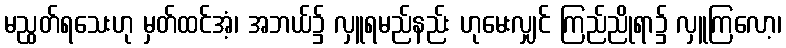
မညွတ်ရသေးဟု မှတ်ထင်အံ့၊ အဘယ်၌ လှူရမည်နည်း ဟုမေးလျှင် ကြည်ညိုရာ၌ လှူကြလော့၊